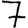
Digit: 7